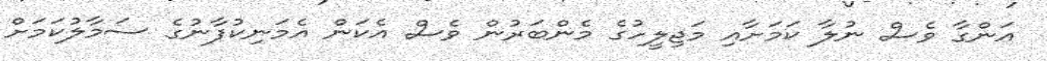
އަންގާ ވެސް ނުލާ ކަމަށާއި މަޖިލީހުގެ މެންބަރުން ވެސް އެކަން އެމަނިކުފާނުގެ ސަމާލުކަމަށް